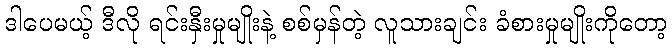
ဒါပေမယ့် ဒီလို ရင်းနှီးမှုမျိုးနဲ့ စစ်မှန်တဲ့ လူသားချင်း ခံစားမှုမျိုးကိုတော့